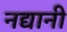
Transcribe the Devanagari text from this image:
नद्यानी